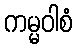
ကမ္မဝါစံ